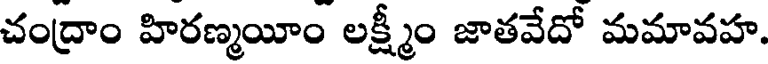
చంద్రాం హిరణ్మయీం లక్ష్మీం జాతవేదో మమావహ.